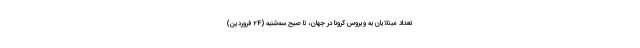
تعداد مبتلایان به ویروس کرونا در جهان، تا صبح سه‌شنبه (۲۴ فروردین)